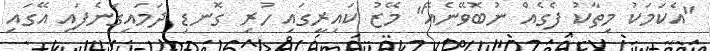
"އެކަމަކު މިތާކު ފެގެއް ނުބޮވޭނެއޭ" މޭޒު ކައިރީގައި ހުރި ގޮނޑި ދަމައިގަނެފައި އޭގައި